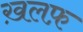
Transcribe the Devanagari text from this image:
ख़लफ़